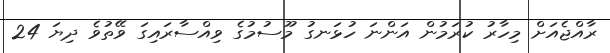
ރާއްޖެއަށް މިހާރު ކުރަމުން އަންނަ ހުޅަނގު މޫސުމުގެ ވިއްސާރައިގަ ވޭތުވެ ދިޔަ 24